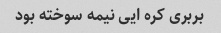
بربری کره ایی نیمه سوخته بود